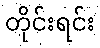
တိုင်းရင်း